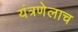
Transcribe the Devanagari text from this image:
यंत्रणेलाच